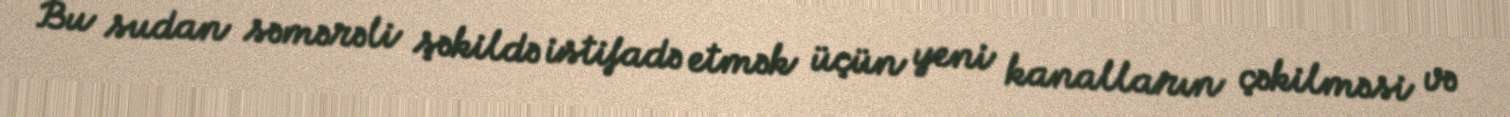
Bu sudan səmərəli şəkildə istifadə etmək üçün yeni kanalların çəkilməsi və